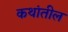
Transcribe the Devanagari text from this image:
कथांतील